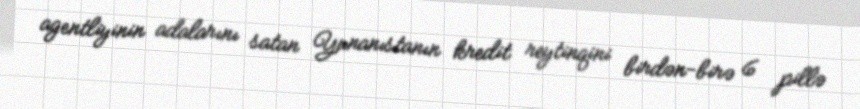
agentliyinin adalarını satan Yunanıstanın kredit reytinqini birdən-birə 6 pillə